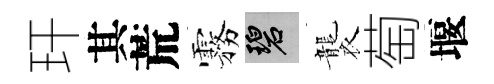
玕其荒霧碧襲萄堰